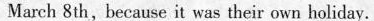
March 8th, because it was their own holiday.